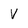
Character: V